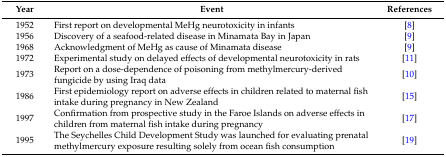
<table><thead><tr><td><b>Year</b></td><td><b>Event</b></td><td><b>References</b></td></tr></thead><tbody><tr><td>1952</td><td>First report on developmental MeHg neurotoxicity in infants</td><td>[8]</td></tr><tr><td>1956</td><td>Discovery of a seafood-related disease in Minamata Bay in Japan</td><td>[9]</td></tr><tr><td>1968</td><td>Acknowledgment of MeHg as cause of Minamata disease</td><td>[9]</td></tr><tr><td>1972</td><td>Experimental study on delayed effects of developmental neurotoxicity in rats </td><td>[11]</td></tr><tr><td>1973</td><td>Report on a dose-dependence of poisoning from methylmercury-derived fungicide by using Iraq data</td><td>[10]</td></tr><tr><td>1986</td><td>First epidemiology report on adverse effects in children related to maternal fish intake during pregnancy in New Zealand</td><td>[15]</td></tr><tr><td>1997</td><td>Confirmation from prospective study in the Faroe Islands on adverse effects in children from maternal fish intake during pregnancy </td><td>[17]</td></tr><tr><td>1995</td><td>The Seychelles Child Development Study was launched for evaluating prenatal methylmercury exposure resulting solely from ocean fish consumption</td><td>[19]</td></tr></tbody></table>